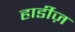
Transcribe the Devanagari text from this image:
हार्डीज़